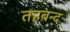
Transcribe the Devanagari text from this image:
तहबन्द